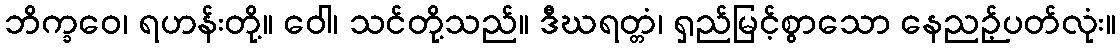
ဘိက္ခဝေ၊ ရဟန်းတို့။ ဝေါ၊ သင်တို့သည်။ ဒီဃရတ္တံ၊ ရှည်မြင့်စွာသော နေညဉ့်ပတ်လုံး။